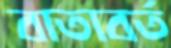
বাতাবর্ত